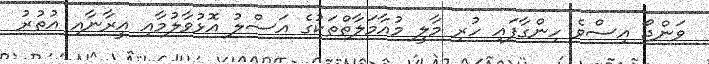
ވަންޖޯ އިސްވެ ހިންގާފައި ހުރި މާލީ މުއާމަލާތްތަކުގެ އަސްލު އޮޅުވާލުމާއި އީރާނާއި އުތުރު